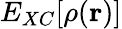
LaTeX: E_{XC}[\rho(\mathbf{r})]